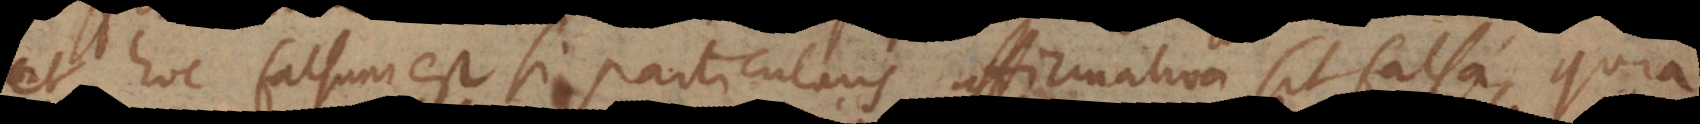
et hoc falsum est, si particularis affirmativa sit falsa, quia